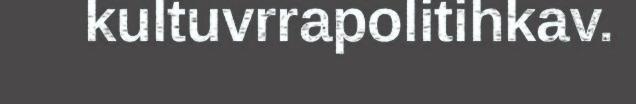
kultuvrrapolitihkav.